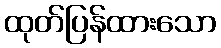
ထုတ်ပြန်ထားသော